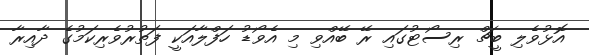
އޮޅުވެލި ބީޗް ރިސޯޓުގައި ރޭ ބޭއްވި މި އެވޯޑު ހަފްލާއަކީ ފަތުރުވެރިކަމުގެ ދާއިރާ